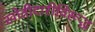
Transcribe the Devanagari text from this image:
खोतीदारीविरूद्ध